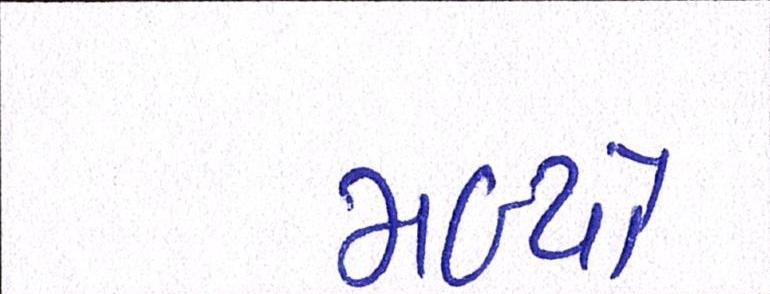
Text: મળ્યો